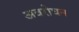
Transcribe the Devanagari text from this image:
अवरोघन